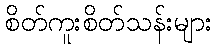
စိတ်ကူးစိတ်သန်းများ